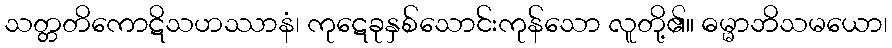
သတ္တတိကောဋိသဟဿာနံ၊ ကုဋေခုနှစ်သောင်းကုန်သော လူတို့၏။ ဓမ္မာဘိသမယော၊